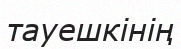
тауешкінің